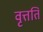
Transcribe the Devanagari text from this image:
वृत्तति